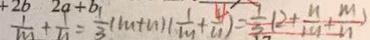
\frac { 1 } { m } + \frac { 1 } { n } = \frac { 1 } { 3 } ( m + n ) ( \frac { 1 } { m } + \frac { 4 } { n } ) = \frac { 1 } { 3 } ( 2 + \frac { n } { m } + \frac { m } { n } )